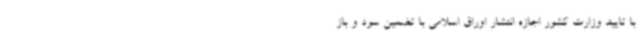
با تایید وزارت کشور اجازه انتشار اوراق اسلامی با تضمین سود و باز